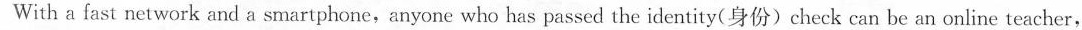
With a fast network and a smartphone,anyone who has passed the identity(身份)check can be an online teacher,